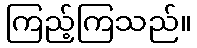
ကြည့်ကြသည်။